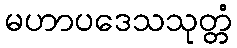
မဟာပဒေသသုတ္တံ